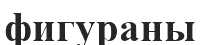
фигураны